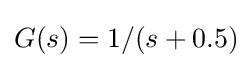
G(s)=1/(s+0.5)